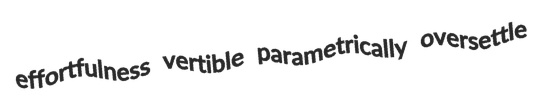
effortfulness vertible parametrically oversettle